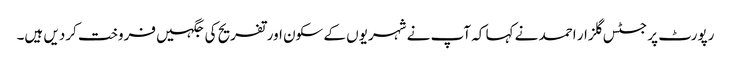
رپورٹ پر جسٹس گلزار احمد نے کہا کہ آپ نے شہریوں کے سکون اور تفریح کی جگہیں فروخت کردیں ہیں۔